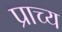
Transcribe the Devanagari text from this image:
प्राच्‍य